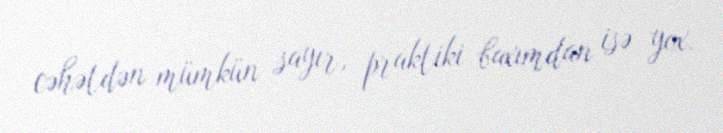
cəhətdən mümkün sayır, praktiki baxımdan isə yox.